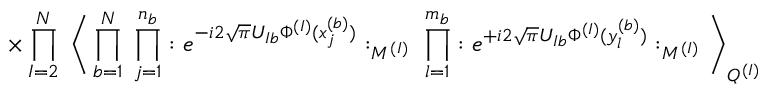
\times \prod _ { I = 2 } ^ { N } \; \Bigg \langle \prod _ { b = 1 } ^ { N } \; \prod _ { j = 1 } ^ { n _ { b } } : e ^ { - i 2 \sqrt { \pi } U _ { I b } \Phi ^ { ( I ) } ( x _ { j } ^ { ( b ) } ) } : _ { M ^ { ( I ) } } \; \prod _ { l = 1 } ^ { m _ { b } } : e ^ { + i 2 \sqrt { \pi } U _ { I b } \Phi ^ { ( I ) } ( y _ { l } ^ { ( b ) } ) } : _ { M ^ { ( I ) } } \Bigg \rangle _ { Q ^ { ( I ) } }